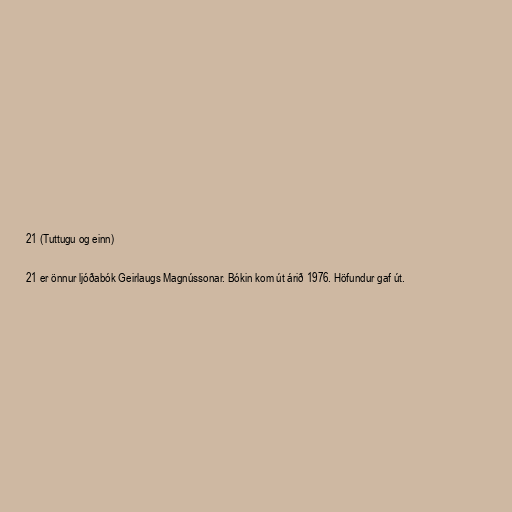
21 (Tuttugu og einn)

21 er önnur ljóðabók Geirlaugs Magnússonar. Bókin kom út árið 1976. Höfundur gaf út.